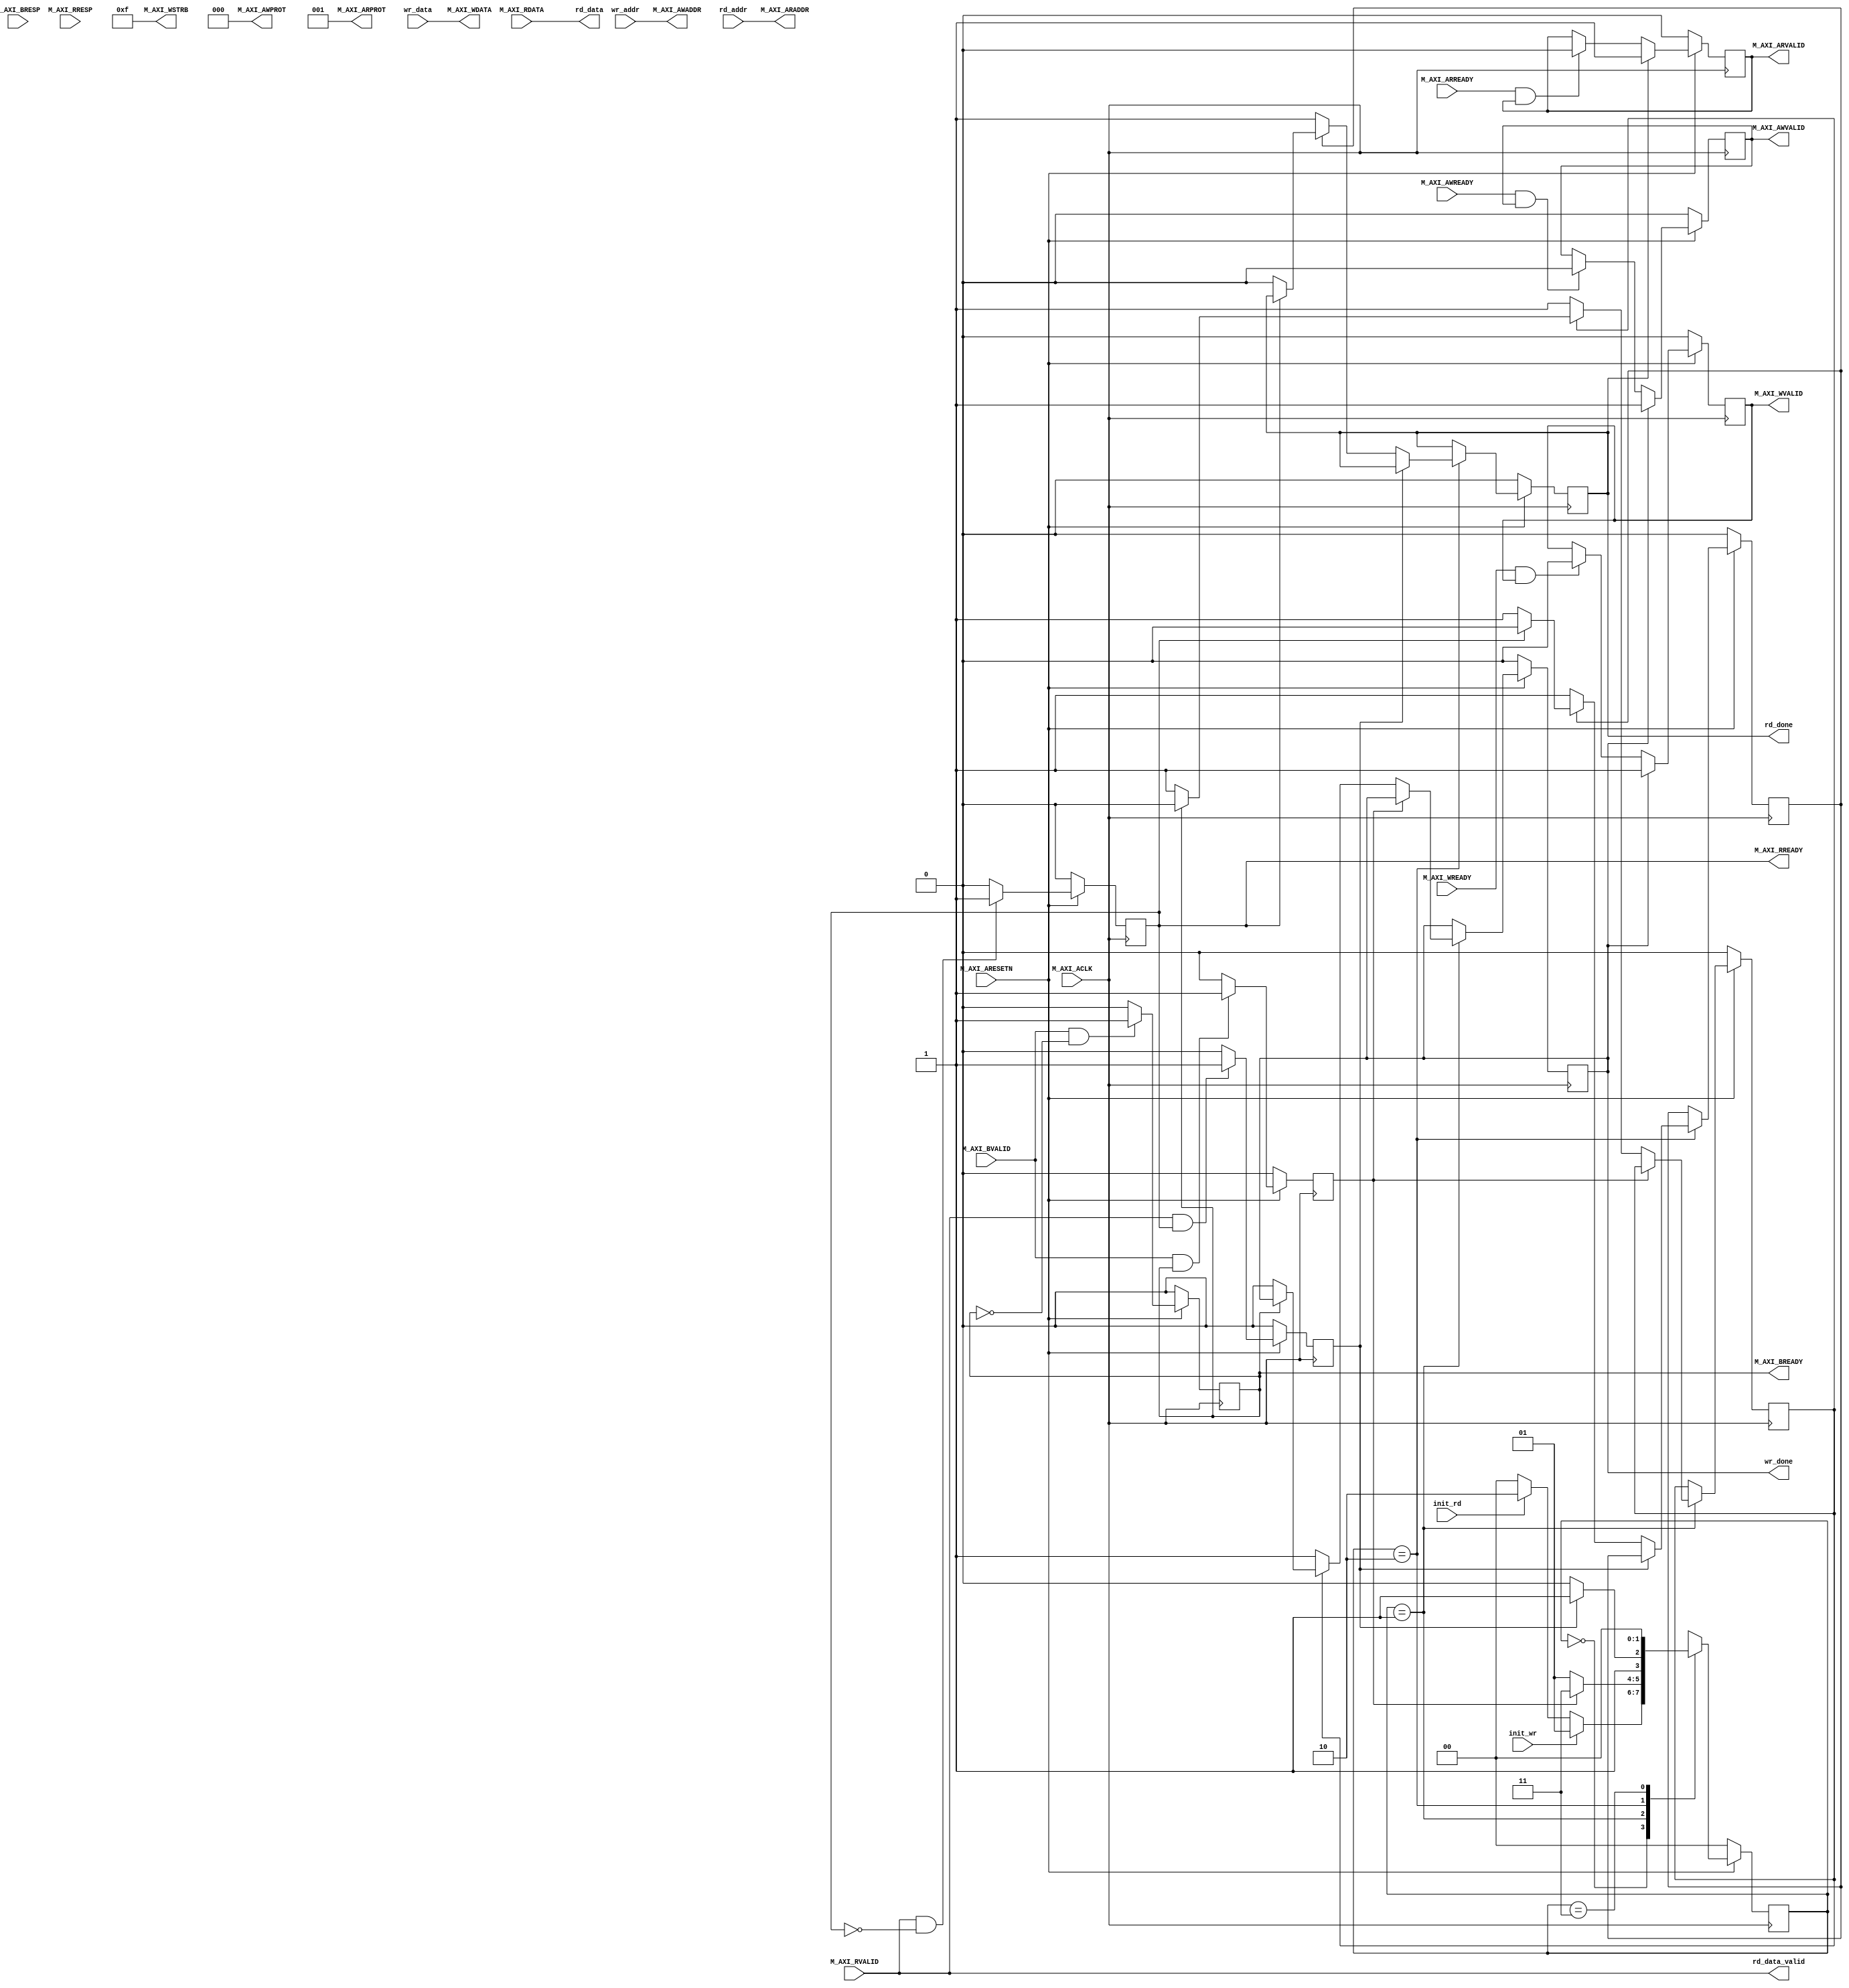

`timescale 1 ns / 1 ps

	module axi_lite_bridge_v1_0_M_LITE_AXI #
	(
		// Width of M_AXI address bus. 
    // The master generates the read and write addresses of width specified as C_M_AXI_ADDR_WIDTH.
		parameter integer C_M_AXI_ADDR_WIDTH	= 32,
		// Width of M_AXI data bus. 
    // The master issues write data and accept read data where the width of the data bus is C_M_AXI_DATA_WIDTH
		parameter integer C_M_AXI_DATA_WIDTH	= 32
	)
	(
		// Users to add ports here

		// User ports ends
		// Do not modify the ports beyond this line

		// Initiate AXI transactions
		input wire         init_wr,
		input wire [31:0]  wr_addr,
		input wire [31:0]  wr_data,
		output wire        wr_done,
		input wire         init_rd,
		input wire [31:0]  rd_addr,
        output wire [31:0] rd_data,
        output wire        rd_done,
        output wire        rd_data_valid,
		// AXI clock signal
		input wire  M_AXI_ACLK,
		// AXI active low reset signal
		input wire  M_AXI_ARESETN,
		// Master Interface Write Address Channel ports. Write address (issued by master)
		output wire [C_M_AXI_ADDR_WIDTH-1 : 0] M_AXI_AWADDR,
		// Write channel Protection type.
    // This signal indicates the privilege and security level of the transaction,
    // and whether the transaction is a data access or an instruction access.
		output wire [2 : 0] M_AXI_AWPROT,
		// Write address valid. 
    // This signal indicates that the master signaling valid write address and control information.
		output wire  M_AXI_AWVALID,
		// Write address ready. 
    // This signal indicates that the slave is ready to accept an address and associated control signals.
		input wire  M_AXI_AWREADY,
		// Master Interface Write Data Channel ports. Write data (issued by master)
		output wire [C_M_AXI_DATA_WIDTH-1 : 0] M_AXI_WDATA,
		// Write strobes. 
    // This signal indicates which byte lanes hold valid data.
    // There is one write strobe bit for each eight bits of the write data bus.
		output wire [C_M_AXI_DATA_WIDTH/8-1 : 0] M_AXI_WSTRB,
		// Write valid. This signal indicates that valid write data and strobes are available.
		output wire  M_AXI_WVALID,
		// Write ready. This signal indicates that the slave can accept the write data.
		input wire  M_AXI_WREADY,
		// Master Interface Write Response Channel ports. 
    // This signal indicates the status of the write transaction.
		input wire [1 : 0] M_AXI_BRESP,
		// Write response valid. 
    // This signal indicates that the channel is signaling a valid write response
		input wire  M_AXI_BVALID,
		// Response ready. This signal indicates that the master can accept a write response.
		output wire  M_AXI_BREADY,
		// Master Interface Read Address Channel ports. Read address (issued by master)
		output wire [C_M_AXI_ADDR_WIDTH-1 : 0] M_AXI_ARADDR,
		// Protection type. 
    // This signal indicates the privilege and security level of the transaction, 
    // and whether the transaction is a data access or an instruction access.
		output wire [2 : 0] M_AXI_ARPROT,
		// Read address valid. 
    // This signal indicates that the channel is signaling valid read address and control information.
		output wire  M_AXI_ARVALID,
		// Read address ready. 
    // This signal indicates that the slave is ready to accept an address and associated control signals.
		input wire  M_AXI_ARREADY,
		// Master Interface Read Data Channel ports. Read data (issued by slave)
		input wire [C_M_AXI_DATA_WIDTH-1 : 0] M_AXI_RDATA,
		// Read response. This signal indicates the status of the read transfer.
		input wire [1 : 0] M_AXI_RRESP,
		// Read valid. This signal indicates that the channel is signaling the required read data.
		input wire  M_AXI_RVALID,
		// Read ready. This signal indicates that the master can accept the read data and response information.
		output wire  M_AXI_RREADY
	);

	// Example State machine to initialize counter, initialize write transactions, 
	// initialize read transactions and comparison of read data with the 
	// written data words.
	localparam [1:0] IDLE = 2'b00, // This state initiates AXI4Lite transaction 
			// after the state machine changes state to INIT_WRITE   
			// when there is 0 to 1 transition on INIT_AXI_TXN
		INIT_WRITE   = 2'b01, // This state initializes write transaction,
			// once writes are done, the state machine 
			// changes state to INIT_READ 
		INIT_READ = 2'b10, // This state initializes read transaction
			// once reads are done, the state machine 
			// changes state to INIT_COMPARE 	
        WAIT = 2'b11;
	 reg [1:0] mst_exec_state;

	// AXI4LITE signals
	//write address valid
	reg  	axi_awvalid;
	//write data valid
	reg  	axi_wvalid;
	//read address valid
	reg  	axi_arvalid;
	//read data acceptance
	reg  	axi_rready;
	//write response acceptance
	reg  	axi_bready;
	//write address
	reg [C_M_AXI_ADDR_WIDTH-1 : 0] 	axi_awaddr;
	//write data
	reg [C_M_AXI_DATA_WIDTH-1 : 0] 	axi_wdata;
	//read addresss
	reg [C_M_AXI_ADDR_WIDTH-1 : 0] 	axi_araddr;
	//Asserts when there is a write response error
	wire  	write_resp_error;
	//Asserts when there is a read response error
	wire  	read_resp_error;
	//A pulse to initiate a write transaction
	reg  	start_single_write;
	//A pulse to initiate a read transaction
	reg  	start_single_read;
	//Asserts when a single beat write transaction is issued and remains asserted till the completion of write trasaction.
	reg  	write_issued;
	//Asserts when a single beat read transaction is issued and remains asserted till the completion of read trasaction.
	reg  	read_issued;
	//flag that marks the completion of write trasactions. The number of write transaction is user selected by the parameter C_M_TRANSACTIONS_NUM.
	reg  	writes_done;
	//flag that marks the completion of read trasactions. The number of read transaction is user selected by the parameter C_M_TRANSACTIONS_NUM
	reg  	reads_done;
	//Expected read data used to compare with the read data.
	reg [C_M_AXI_DATA_WIDTH-1 : 0] 	expected_rdata;
	//Flag marks the completion of comparison of the read data with the expected read data
	reg  	compare_done;
	//This flag is asserted when there is a mismatch of the read data with the expected read data.
	reg  	read_mismatch;
	//Flag is asserted when the read index reaches the last read transction number

	// I/O Connections assignments

	//Adding the offset address to the base addr of the slave
	assign M_AXI_AWADDR	=  wr_addr;
	//AXI 4 write data
	assign M_AXI_WDATA	= wr_data;
	assign M_AXI_AWPROT	= 3'b000;
	assign M_AXI_AWVALID	= axi_awvalid;
	//Write Data(W)
	assign M_AXI_WVALID	= axi_wvalid;
	//Set all byte strobes in this example
	assign M_AXI_WSTRB	= 4'b1111;
	//Write Response (B)
	assign M_AXI_BREADY	= axi_bready;
	//Read Address (AR)
	assign M_AXI_ARADDR	=  rd_addr;
	assign M_AXI_ARVALID	= axi_arvalid;
	assign M_AXI_ARPROT	= 3'b001;
	//Read and Read Response (R)
	assign M_AXI_RREADY	= axi_rready;
	
	assign rd_data_valid = M_AXI_RVALID;
	assign rd_data       = M_AXI_RDATA;
	
	assign wr_done = start_single_write; 
	assign rd_done = start_single_read; 

	//--------------------
	//Write Address Channel
	//--------------------

	// The purpose of the write address channel is to request the address and 
	// command information for the entire transaction.  It is a single beat
	// of information.

	// Note for this example the axi_awvalid/axi_wvalid are asserted at the same
	// time, and then each is deasserted independent from each other.
	// This is a lower-performance, but simplier control scheme.

	// AXI VALID signals must be held active until accepted by the partner.

	// A data transfer is accepted by the slave when a master has
	// VALID data and the slave acknoledges it is also READY. While the master
	// is allowed to generated multiple, back-to-back requests by not 
	// deasserting VALID, this design will add rest cycle for
	// simplicity.

	// Since only one outstanding transaction is issued by the user design,
	// there will not be a collision between a new request and an accepted
	// request on the same clock cycle. 

	  always @(posedge M_AXI_ACLK)										      
	  begin                                                                        
	    //Only VALID signals must be deasserted during reset per AXI spec          
	    //Consider inverting then registering active-low reset for higher fmax     
	    if (M_AXI_ARESETN == 0)                                                   
	      begin                                                                    
	        axi_awvalid <= 1'b0;                                                   
	      end                                                                      
	      //Signal a new address/data command is available by user logic           
	    else                                                                       
	    begin                                                                    
	        if (start_single_write)                                                
	        begin                                                                
	            axi_awvalid <= 1'b1;                                               
	        end                                                                  
	     //Address accepted by interconnect/slave (issue of M_AXI_AWREADY by slave)
	        else if (M_AXI_AWREADY && axi_awvalid)                                 
	        begin                                                                
	            axi_awvalid <= 1'b0;                                               
	        end                                                                  
	    end                                                                      
	  end                                                                          
	                                                                               	                                                                                                                                                    

	//--------------------
	//Write Data Channel
	//--------------------

	//The write data channel is for transfering the actual data.
	//The data generation is speific to the example design, and 
	//so only the WVALID/WREADY handshake is shown here

	always @(posedge M_AXI_ACLK)                                        
	begin                                                                         
	    if (M_AXI_ARESETN == 0)                                                    
	    begin                                                                     
	        axi_wvalid <= 1'b0;                                                     
	    end                                                                       
	    //Signal a new address/data command is available by user logic              
	    else if (start_single_write)                                                
	    begin                                                                     
	        axi_wvalid <= 1'b1;                                                     
	    end                                                                       
	    //Data accepted by interconnect/slave (issue of M_AXI_WREADY by slave)      
	    else if (M_AXI_WREADY && axi_wvalid)                                        
	    begin                                                                     
	        axi_wvalid <= 1'b0;                                                      
	    end                                                                       
	end                                                                           


	//----------------------------
	//Write Response (B) Channel
	//----------------------------

	//The write response channel provides feedback that the write has committed
	//to memory. BREADY will occur after both the data and the write address
	//has arrived and been accepted by the slave, and can guarantee that no
	//other accesses launched afterwards will be able to be reordered before it.

	//The BRESP bit [1] is used indicate any errors from the interconnect or
	//slave for the entire write burst. This example will capture the error.

	//While not necessary per spec, it is advisable to reset READY signals in
	//case of differing reset latencies between master/slave.

	always @(posedge M_AXI_ACLK)                                    
	begin                                                                
	    if (M_AXI_ARESETN == 0)                                           
	    begin                                                            
	        axi_bready <= 1'b0;                                            
	    end                                                              
	    // accept/acknowledge bresp with axi_bready by the master          
	    // when M_AXI_BVALID is asserted by slave                          
	    else if (M_AXI_BVALID && ~axi_bready)                              
	    begin                                                            
	        axi_bready <= 1'b1;                                            
	    end                                                              
	    // deassert after one clock cycle                                  
	    else if (axi_bready)                                               
	    begin                                                            
	        axi_bready <= 1'b0;                                            
	    end                                                                                                     
	end                                                                  
	                                                                       
	//Flag write errors                                                    
	assign write_resp_error = (axi_bready & M_AXI_BVALID & M_AXI_BRESP[1]);


	//----------------------------
	//Read Address Channel
	//----------------------------                                                                            
	                                                                                   
	// A new axi_arvalid is asserted when there is a valid read address              
	// available by the master. start_single_read triggers a new read                
	// transaction                                                                   
	always @(posedge M_AXI_ACLK)                                                     
	begin                                                                            
	    if (M_AXI_ARESETN == 0)                                                       
	    begin                                                                        
	        axi_arvalid <= 1'b0;                                                       
	    end                                                                          
	    //Signal a new read address command is available by user logic                 
	    else if (start_single_read)                                                    
	    begin                                                                        
	        axi_arvalid <= 1'b1;                                                       
	    end                                                                          
	    //RAddress accepted by interconnect/slave (issue of M_AXI_ARREADY by slave)    
	    else if (M_AXI_ARREADY && axi_arvalid)                                         
	    begin                                                                        
	        axi_arvalid <= 1'b0;                                                       
	    end                                                                          
	    // retain the previous value                                                   
	end                                                                              


	//--------------------------------
	//Read Data (and Response) Channel
	//--------------------------------

	//The Read Data channel returns the results of the read request 
	//The master will accept the read data by asserting axi_rready
	//when there is a valid read data available.
	//While not necessary per spec, it is advisable to reset READY signals in
	//case of differing reset latencies between master/slave.

	always @(posedge M_AXI_ACLK)                                    
	begin                                                                 
	    if (M_AXI_ARESETN == 0)                                            
	    begin                                                             
	        axi_rready <= 1'b0;                                             
	    end                                                               
	    // accept/acknowledge rdata/rresp with axi_rready by the master     
	    // when M_AXI_RVALID is asserted by slave                           
	    else if (M_AXI_RVALID && ~axi_rready)                               
	    begin                                                             
	        axi_rready <= 1'b1;                                             
	    end                                                               
	    // deassert after one clock cycle                                   
	    else if (axi_rready)                                                
	    begin                                                             
	        axi_rready <= 1'b0;                                             
	    end                                                               
	    // retain the previous value                                        
	end                                                                   
	                                                                        
	//Flag write errors                                                     
	assign read_resp_error = (axi_rready & M_AXI_RVALID & M_AXI_RRESP[1]);  
                                                                           	      
	                                                            
	//implement master command interface state machine                         
	always @ ( posedge M_AXI_ACLK)                                                    
	begin                                                                             
	    if (M_AXI_ARESETN == 1'b0)                                                     
	    begin                                                                         
	    // reset condition                                                            
	    // All the signals are assigned default values under reset condition          
	        mst_exec_state  <= IDLE;                                            
	        start_single_write <= 1'b0;                                                 
	        write_issued  <= 1'b0;                                                      
	        start_single_read  <= 1'b0;                                                 
	        read_issued   <= 1'b0;                                                     
	    end                                                                           
	    else                                                                            
	    begin                                                                         
	    // state transition                                                          
	        case (mst_exec_state)                                                       
	                                                                                    
	            IDLE:                                                             
	                // This state is responsible to initiate 
	                // AXI transaction when init_txn_pulse is asserted 
	                if ( init_wr == 1'b1 )                                     
	                begin                                                                 
	                    mst_exec_state  <= INIT_WRITE;                                    
	                end          
	                else if(init_rd == 1'b1)
	                begin
	                    mst_exec_state  <= INIT_READ;                                      
                    end                                                    
	                else                                                                    
	                begin                                                                 
	                    mst_exec_state  <= IDLE;                                    
	                end                                                                   
	                                                                                    
	            INIT_WRITE:                                                               
	            // This state is responsible to issue start_single_write pulse to       
	            // initiate a write transaction. Write transactions will be                                       
	            // write controller                                                     
	                if (writes_done)                                                        
	                begin                                                                 
	                    mst_exec_state <= WAIT;//                                      
	                end                                                                   
	                else                                                                    
	                begin                                                                 
	                    mst_exec_state  <= INIT_WRITE;                                      	                                                                                    
	                    if (~write_issued)
	                    begin                                                           
	                        start_single_write <= 1'b1;                                   
	                        write_issued       <= 1'b1;                                        
	                    end                                                             
	                    else if (axi_bready)                                              
	                    begin                                                           
	                        write_issued  <= 1'b0;                                        
	                    end                                                             
	                    else                                                              
	                    begin                                                           
	                        start_single_write <= 1'b0; //Negate to generate a pulse      
	                    end                                                             
	                end                                                                   
	                                                                                    
	            INIT_READ:                                                                
	            // This state is responsible to issue start_single_read pulse to        
	            // initiate a read transaction. Read transactions will be                                         
	            // read controller                                                     
	                if (reads_done)                                                        
	                begin                                                                
	                    mst_exec_state <= WAIT;                                    
	                end                                                                  
	                else                                                                   
	                begin                                                                
	                    mst_exec_state  <= INIT_READ;                                                                                                      
	                    if (~read_issued)
	                    begin                                                            
	                        start_single_read <= 1'b1;                                     
	                        read_issued  <= 1'b1;                                          
	                    end                                                              
	                    else if (axi_rready)                                               
	                    begin                                                            
	                        read_issued  <= 1'b0;                                          
	                    end                                                              
	                    else                                                               
	                    begin                                                            
	                         start_single_read <= 1'b0; //Negate to generate a pulse        
	                     end                                                              
	                end
	            WAIT:
	                mst_exec_state <= IDLE;                                                                                                                                       
	            default :                                                                
	            begin                                                                  
	                mst_exec_state  <= IDLE;                                     
	            end                                                                    
	        endcase                                                                     
	    end                                                                             
	end //MASTER_EXECUTION_PROC                                                       
	                                                                                                                                                                  	                                                                                    
	                                                                                                                                    
	  //This logic is to qualify the last write count with the final write              
	  //response. This demonstrates how to confirm that a write has been                
	  //committed.                                                                      
	                                                                                    
	  always @(posedge M_AXI_ACLK)                                                      
	  begin                                                                             
	    if (M_AXI_ARESETN == 0)                                                         
	      writes_done <= 1'b0;                                                          
	                                                                                    
	      //The writes_done should be associated with a bready response                 
	    else if (M_AXI_BVALID && axi_bready)                              
	      writes_done <= 1'b1;                                                          
	    else                                                                            
	      writes_done <= 1'b0;;                                                   
	  end                                                                               	                                                                                                                                                          
	                                                                                    
	  /*                                                                                                                                      	                                                                                    
	  This logic is to qualify the last read count with the final read                   
	  response/data.                                                                     
	  */                                                                                 
	  always @(posedge M_AXI_ACLK)                                                      
	  begin                                                                             
	      if (M_AXI_ARESETN == 0)                                                         
	          reads_done <= 1'b0;                                                           	                                                                                    
	      //The reads_done should be associated with a read ready response                
	      else if (M_AXI_RVALID && axi_rready)                               
	          reads_done <= 1'b1;                                                           
	      else                                                                            
	          reads_done <= 1'b0;;                                                     
	  end                                                                             
	                                                                                                                                                                  	                                                                                                                                                            
endmodule